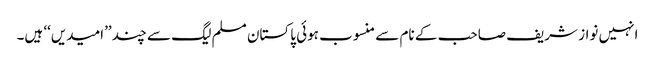
انہیں نواز شریف صاحب کے نام سے منسوب ہوئی پاکستان مسلم لیگ سے چند ’’امیدیں‘‘ ہیں۔